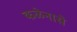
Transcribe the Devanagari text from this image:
कळेनासे